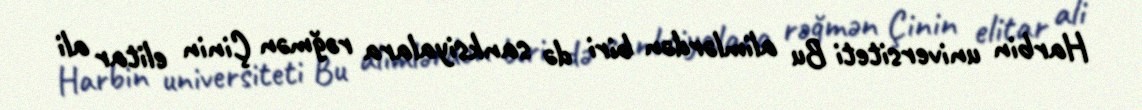
Harbin universiteti Bu alimlərdən biri də sanksiyalara rəğmən Çinin elitar ali